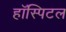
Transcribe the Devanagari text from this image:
हॉस्पिटल